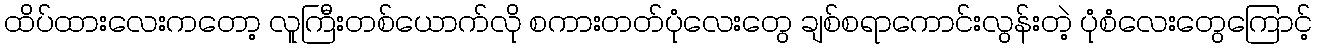
ထိပ်ထားလေးကတော့ လူကြီးတစ်ယောက်လို စကားတတ်ပုံလေးတွေ ချစ်စရာကောင်းလွန်းတဲ့ ပုံစံလေးတွေကြောင့်